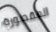
المقصورة